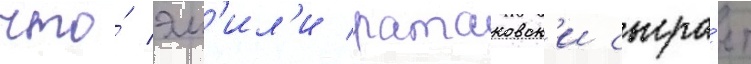
что́ эм'ил'и ратаковск'и сыгра́ет